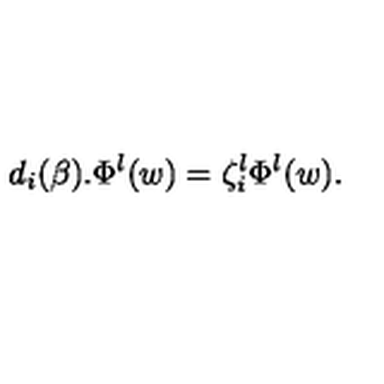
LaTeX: d _ { i } ( \beta ) . \Phi ^ { \l } ( w ) = \zeta _ { i } ^ { \l } \Phi ^ { \l } ( w ) .